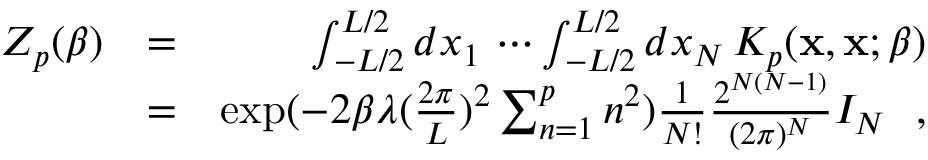
\begin{array} { r l r } { Z _ { p } ( \beta ) } & { = } & { \int _ { - L / 2 } ^ { L / 2 } d x _ { 1 } \, \cdots \int _ { - L / 2 } ^ { L / 2 } d x _ { N } \, K _ { p } ( { \bf x } , { \bf x } ; \beta ) } \\ & { = } & { \exp ( - 2 \beta \lambda ( \frac { 2 \pi } { L } ) ^ { 2 } \sum _ { n = 1 } ^ { p } n ^ { 2 } ) \frac { 1 } { N ! } \frac { 2 ^ { N ( N - 1 ) } } { ( 2 \pi ) ^ { N } } I _ { N } ~ ~ , } \end{array}